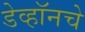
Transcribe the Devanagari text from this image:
डेव्हॉनचे